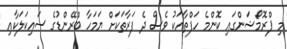
މި ޕްރޮމޯޝަންގައި ކޮންމެ ހަފްތާއަކު ވެސް ދެ ފަރާތަކަށް ޔަމަހާ ބްރޭންޑުގެ ސައިކަލަކާއި